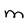
Character: m